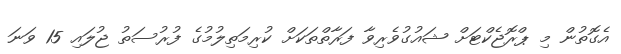
އެގޮތުން މި ޕްރޮޖެކްޓަށް ޝައުގުވެރިވާ ފަރާތްތަކަށް ކުރިމަތިލުމުގެ ފުރުސަތު ޖުލައި 15 ވަނަ